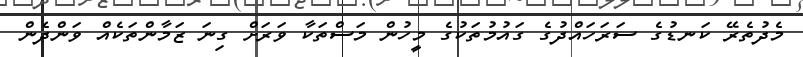
މެދުތެރޭ ކަނޑުގެ ސަރަހައްދުގެ ގައުމުތަކުގެ މީހުން މަސްތަކާ ވަރަށް ގިނަ ޒަމާންތަކެއް ވަންދެން